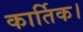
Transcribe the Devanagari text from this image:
कार्तिक।